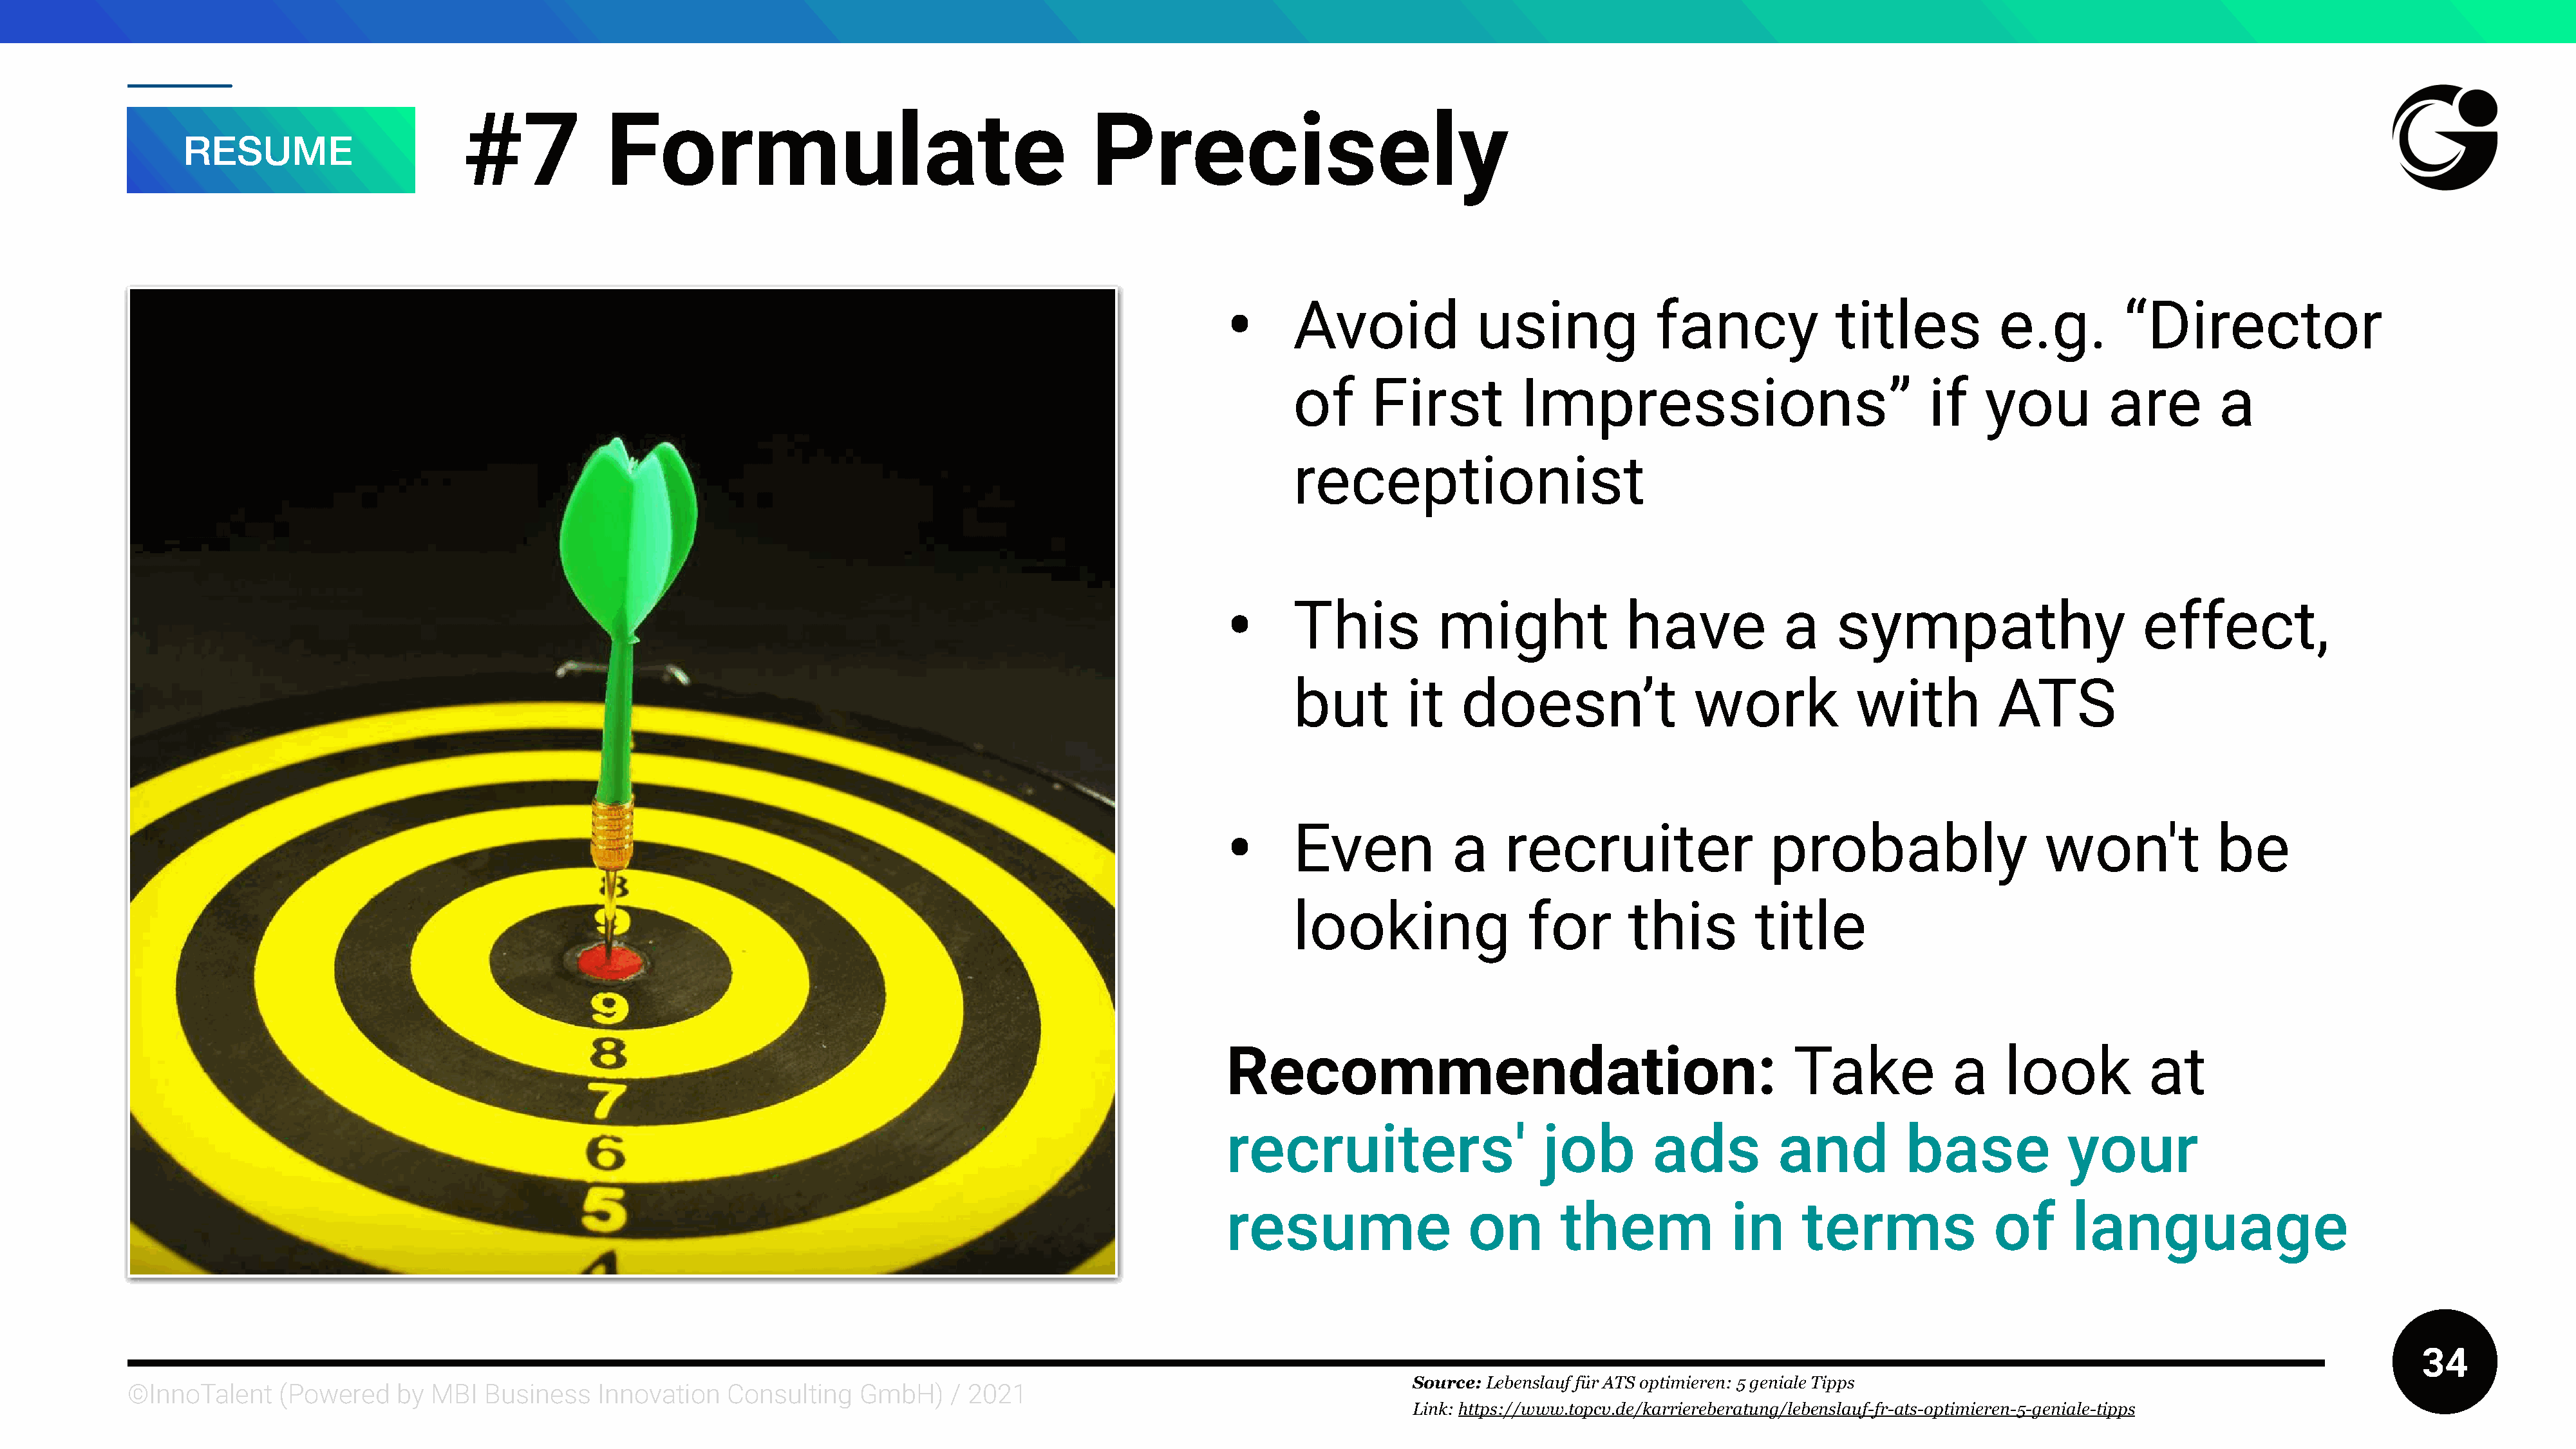
#7            Formulate                                         Precisely
 RESUME
 •
 Avoid              using             fancy              titles          e.g.         “Director
 of      First          Impressions”                              if    you          are        a
 receptionist
 •
 This           might              have            a     sympathy                       effect,
 but         it   doesn’t                 work             with          ATS
 •
 Even            a     recruiter                  probably                    won't             be
 looking                 for       this         title
 Recommendation:                                           Take             a    look           at
 recruiters'                      job        ads          and          base             your
 resume                   on       them              in     terms               of      language
 34
 Source: Lebenslauf für ATS optimieren: 5 geniale Tipps
 ©InnoTalent     (Powered    by MBI   Business   Innovation    Consulting   GmbH)     / 2021
 Link: https://www.topcv.de/karriereberatung/lebenslauf-fr-ats-optimieren-5-geniale-tipps